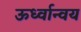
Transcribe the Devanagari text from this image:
ऊर्ध्वान्वय